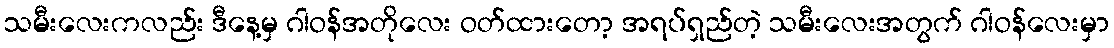
သမီးလေးကလည်း ဒီနေ့မှ ဂါဝန်အတိုလေး ဝတ်ထားတော့ အရပ်ရှည်တဲ့ သမီးလေးအတွက် ဂါဝန်လေးမှာ